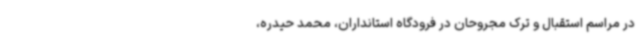
در مراسم استقبال و ترک مجروحان در فرودگاه استانداران، محمد حیدره،